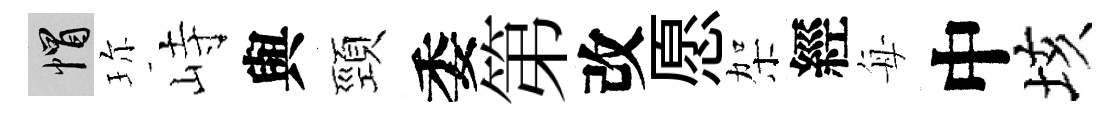
帽珎峙與頸委第改愿架經每中垓